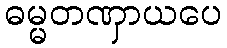
ဓမ္မတဏှာယပေ